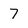
Character: 7